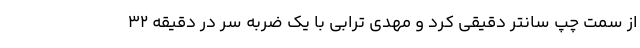
از سمت چپ سانتر دقیقی کرد و مهدی ترابی با یک ضربه سر در دقیقه ۳۲